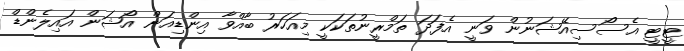
ޓީޓީ އެސޯސިއޭޝަނުން ވަނީ އެފަދަ ތަމްރީނުތަކަކީ މިއަހަރު ބާއްވާ އިންޑިއަން އޯޝަން އައިލެންޑް